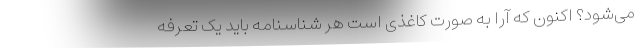
می‌شود؟ اکنون که ‌آرا به صورت کاغذی است هر شناسنامه باید یک تعرفه